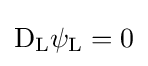
\mathrm {D} _{\rm {L}}\psi _{\rm {L}}=0